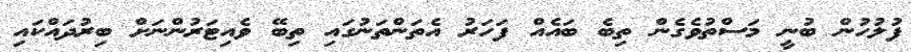
ފުލުހުން ބުނީ މަސްތުވެގެން ތިބެ ބައެއް ފަހަރު އެތަންތަނުގައި ތިބޭ ވެއިޓަރުންނަށް ބިރުދައްކައި